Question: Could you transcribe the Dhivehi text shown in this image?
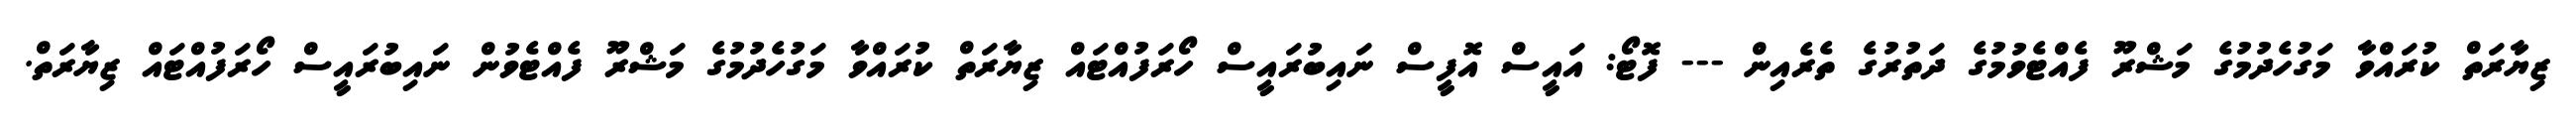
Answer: ޒިޔާރަތް ކުރައްވާ މަގުހެދުމުގެ މަޝްރޫ ފެއްޓެވުމުގެ ދަތުރުގެ ތެރެއިން --- ފޮޓޯ: އައީސް އޮފީސް ނައިބުރައީސް ހޯރަފުއްޓައް ޒިޔާރަތް ކުރައްވާ މަގުހެދުމުގެ މަޝްރޫ ފެއްޓެވުން ނައިބުރައީސް ހޯރަފުއްޓައް ޒިޔާރަތް.